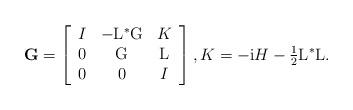
LaTeX: \begin{align*}\mathbf{G}=\left[ \begin{array}{ccc} I & -\mathrm{L}^\ast\mathrm{G} & K \\ 0 & \mathrm{G} & \mathrm{L} \\ 0 & 0 & I \\ \end{array} \right],K=-\mathrm{i}H-\tfrac{1}{2}\mathrm{L}^\ast\mathrm{L}.\end{align*}